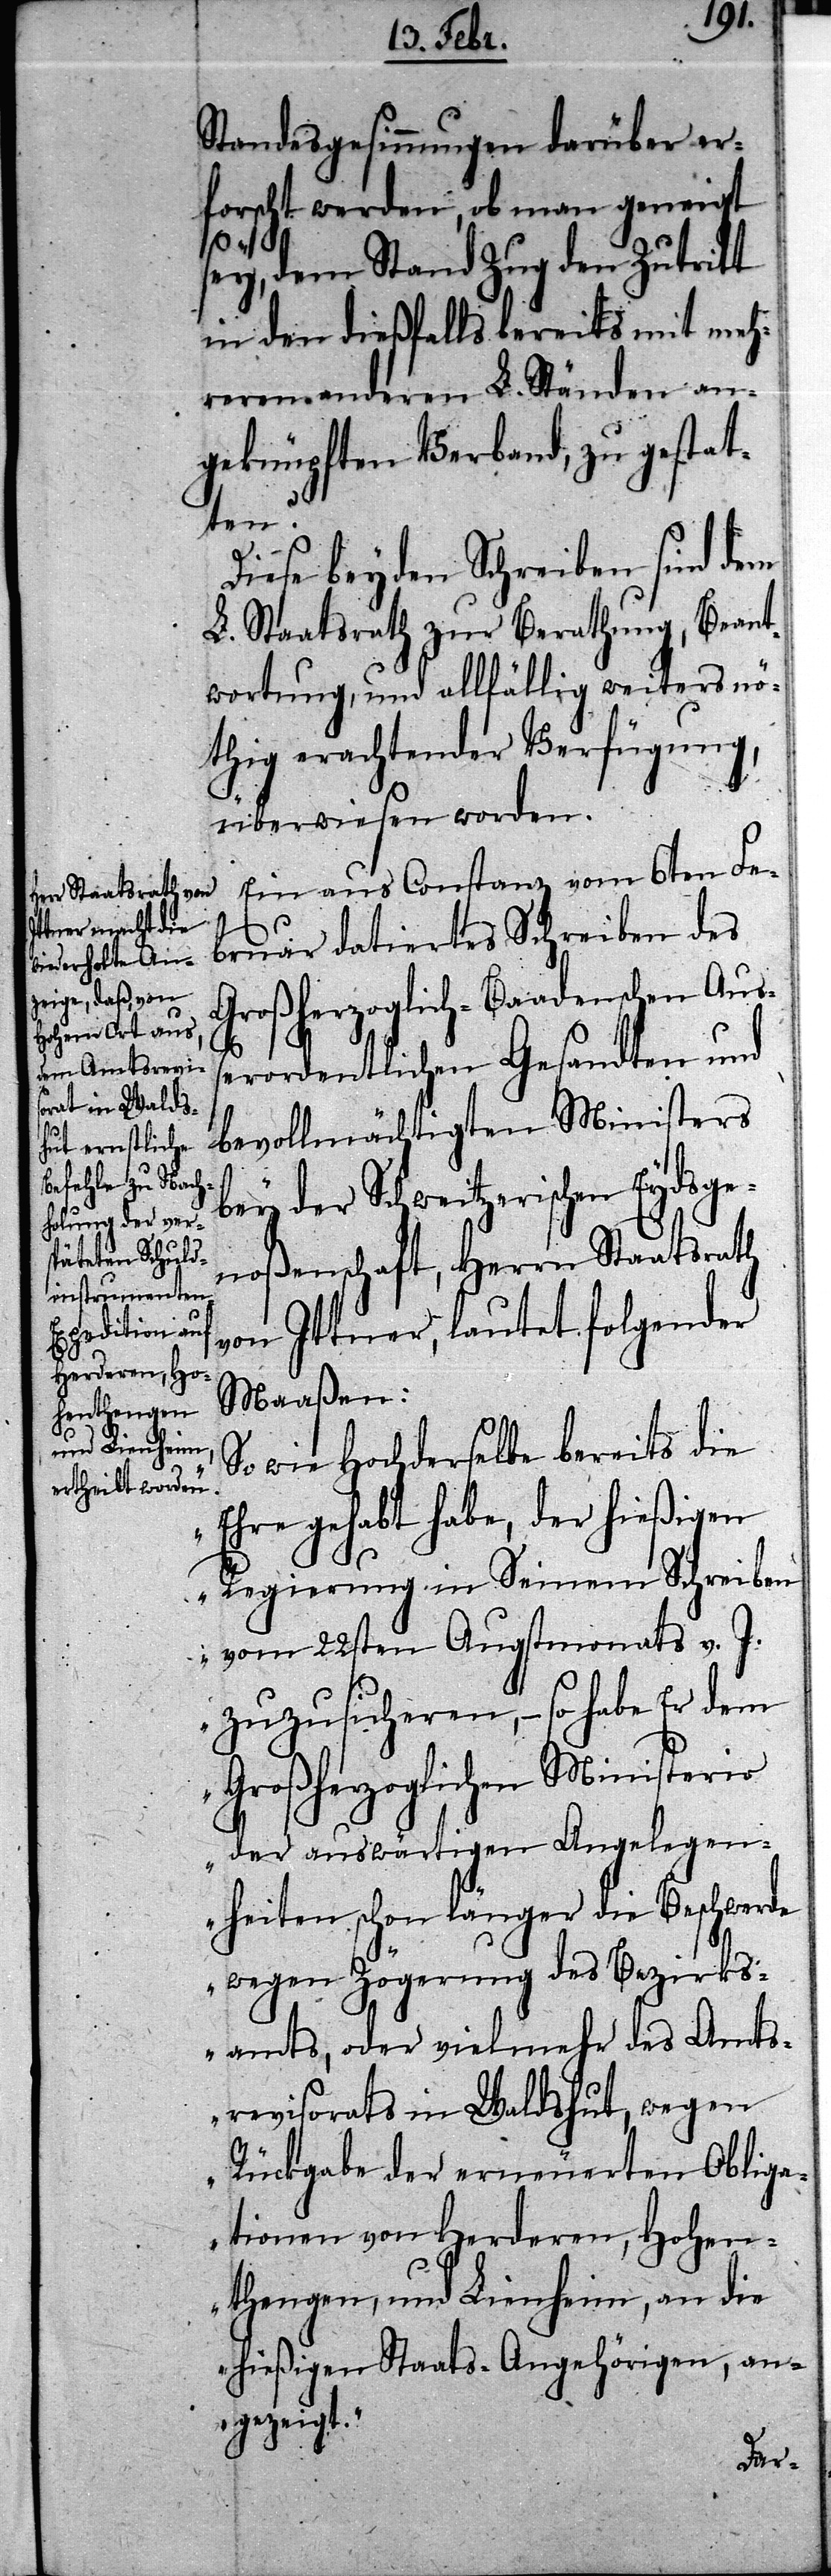
Standesgesinnungen darüber er¬
forscht werden, ob man geneigt
sey, dem Stand Zug den Zutritt
in den dießfalls bereits mit meh¬
reren anderen L. Ständen an¬
geknüpften Verband, zu gestat¬
ten?
Diese beyden Schreiben sind dem
L. Staatsrath zur Berathung, Beant¬
wortung, und allfällig weiters nö¬
thig erachtender Verfügung,
überwiesen worden.
Ein aus Constanz vom 6ten Fe¬
bruar datiertes Schreiben des
Großherzoglich-Baadenschen Auß¬
erordentlichen Gesandten und
bevollmächtigten Ministers
bey der Schweitzerischen Eydsge¬
noßenschaft, Herrn Staatsrath
von Ittner, lautet folgender
Maaßen:
wie Hochderselbe bereits die
Ehre gehabt habe, der hießigen
Regierung in Seinem Schreiben
vom 22sten Augstmonats v. J.
zuzusicheren, – so habe Er dem
Großherzoglichen Ministerio
der auswärtigen Angelegen¬
heiten schon länger die Beschwerde
wegen Zögerung des Bezirks¬
amts, oder vielmehr des Amts¬
revisorats in Waldshut, wegen
Rückgabe der erneuerten Obliga¬
tionen von Herderen, Hohen¬
thengen, und Lienheim, an die
hießigen Staats-Angehörigen, an¬
gezeigt.